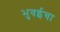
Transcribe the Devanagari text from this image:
भुवईचा